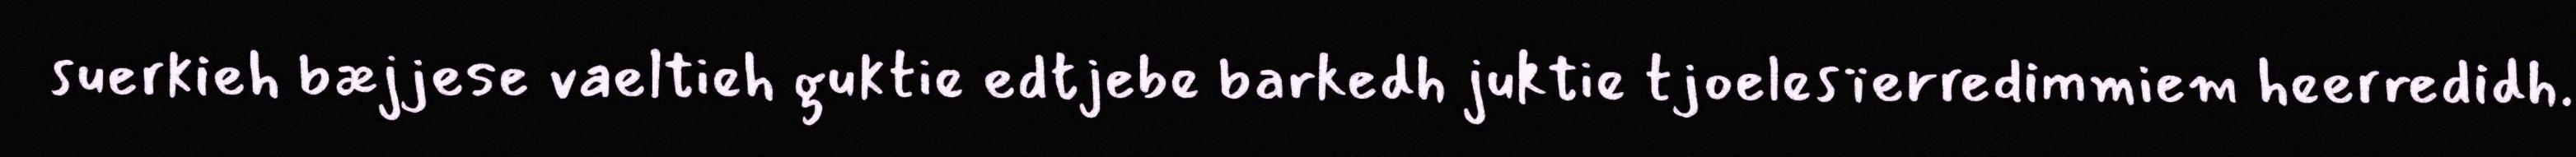
suerkieh bæjjese vaeltieh guktie edtjebe barkedh juktie tjoelesïerredimmiem heerredidh.